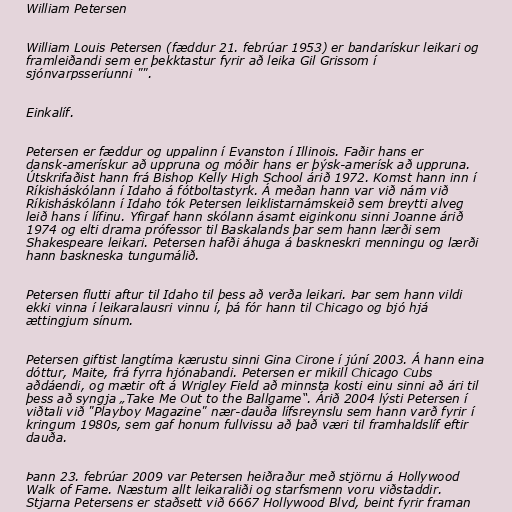
William Petersen

William Louis Petersen (fæddur 21. febrúar 1953) er bandarískur leikari og
framleiðandi sem er þekktastur fyrir að leika Gil Grissom í
sjónvarpsseríunni "".

Einkalíf.

Petersen er fæddur og uppalinn í Evanston í Illinois. Faðir hans er
dansk-amerískur að uppruna og móðir hans er þýsk-amerísk að uppruna.
Útskrifaðist hann frá Bishop Kelly High School árið 1972. Komst hann inn í
Ríkisháskólann í Idaho á fótboltastyrk. Á meðan hann var við nám við
Ríkisháskólann í Idaho tók Petersen leiklistarnámskeið sem breytti alveg
leið hans í lífinu. Yfirgaf hann skólann ásamt eiginkonu sinni Joanne árið
1974 og elti drama prófessor til Baskalands þar sem hann lærði sem
Shakespeare leikari. Petersen hafði áhuga á baskneskri menningu og lærði
hann baskneska tungumálið.

Petersen flutti aftur til Idaho til þess að verða leikari. Þar sem hann vildi
ekki vinna í leikaralausri vinnu í, þá fór hann til Chicago og bjó hjá
ættingjum sínum.

Petersen giftist langtíma kærustu sinni Gina Cirone í júní 2003. Á hann eina
dóttur, Maite, frá fyrra hjónabandi. Petersen er mikill Chicago Cubs
aðdáendi, og mætir oft á Wrigley Field að minnsta kosti einu sinni að ári til
þess að syngja „Take Me Out to the Ballgame“. Árið 2004 lýsti Petersen í
viðtali við "Playboy Magazine" nær-dauða lífsreynslu sem hann varð fyrir í
kringum 1980s, sem gaf honum fullvissu að það væri til framhaldslíf eftir
dauða.

Þann 23. febrúar 2009 var Petersen heiðraður með stjörnu á Hollywood
Walk of Fame. Næstum allt leikaraliði og starfsmenn voru viðstaddir.
Stjarna Petersens er staðsett við 6667 Hollywood Blvd, beint fyrir framan